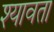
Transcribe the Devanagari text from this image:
श्यावता